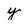
Character: y